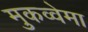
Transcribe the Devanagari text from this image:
मुकव्वेमा